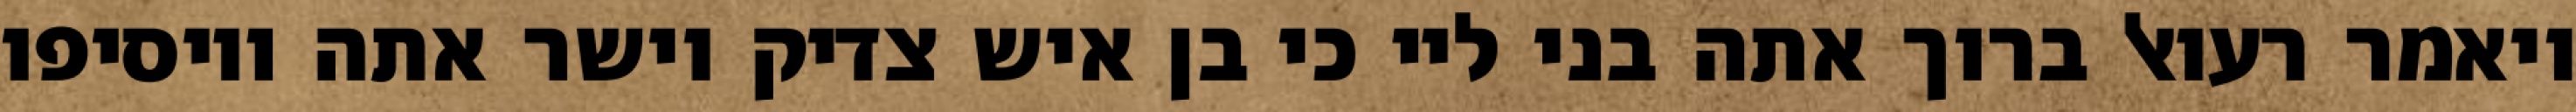
ויאמר רעואל ברוך אתה בני ליי כי בן איש צדיק וישר אתה ויוסיפו